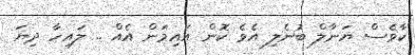
ކާވެސް ޔަނާލް ބުނެލި އެވެ ކޮން އައިމަން އެއް .. ލައިހާ ދިޔަ